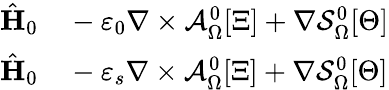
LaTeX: \begin{array}{rl}{\hat{\mathbf{H}}_{0}}&{{}-\varepsilon_{0}\nabla\times\mathcal{A}_{\Omega}^{0}[\Xi]+\nabla\mathcal{S}_{\Omega}^{0}[\Theta]}\\ {\hat{\mathbf{H}}_{0}}&{{}-\varepsilon_{s}\nabla\times\mathcal{A}_{\Omega}^{0}[\Xi]+\nabla\mathcal{S}_{\Omega}^{0}[\Theta]}\end{array}